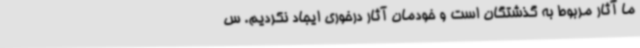
ما آثار مربوط به گذشتگان است و خودمان آثار درخوری ایجاد نکردیم. س